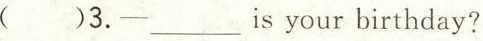
()3.-___is your birthday?